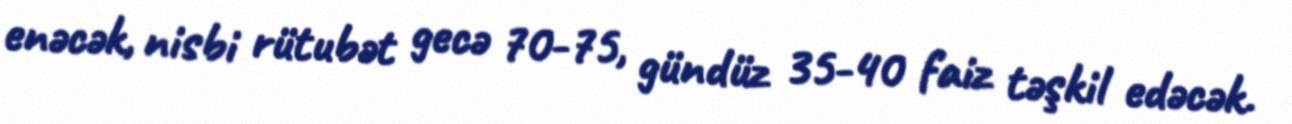
enəcək, nisbi rütubət gecə 70-75, gündüz 35-40 faiz təşkil edəcək.